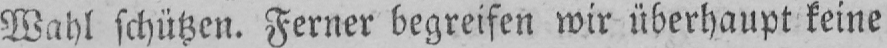
Wahl schützen. Ferner begreifen wir überhaupt keine